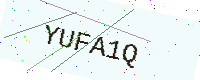
Text: YUFA1Q